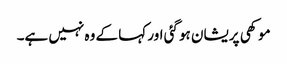
موکھی پریشان ہو گئی اور کہا کے وہ نہیں ہے۔